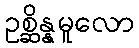
ဥစ္ဆိန္နမူလော